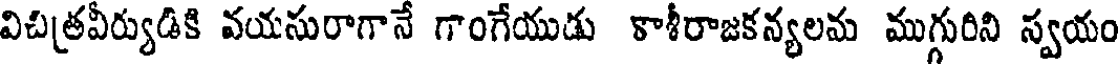
విచిత్రవీర్యుడికి వయసురాగానే గాంగేయుడు కాశీరాజకన్యలమ ముగ్గురిని స్వయం